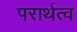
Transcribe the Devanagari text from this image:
परार्थत्व